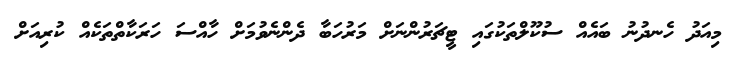
މިއަދު ހެނދުނު ބައެއް ސުކޫލްތަކުގައި ޓީޗަރުންނަށް މަރުހަބާ ދެންނެވުމަށް ހާއްސަ ހަރަކާތްތަކެއް ކުރިއަށް